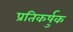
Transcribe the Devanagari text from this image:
प्रतिकर्षुक